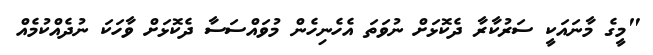
"މީގެ މާނައަކީ ސަރުކާރާ ދެކޮޅަށް ނުވަތަ އެހެނިހެން މުވައްސަސާ ދެކޮޅަށް ވާހަކަ ނުދެއްކުމެއް